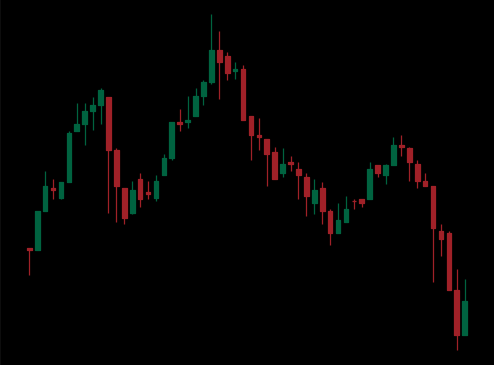
Pattern: head_shoulders